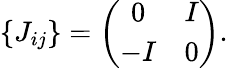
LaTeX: \{ J_{ij}\} =\left(\begin{array}{cc}{{0}}&{{I}}\\ {{-I}}&{{0}}\end{array}\right).